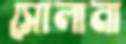
সোলানা